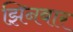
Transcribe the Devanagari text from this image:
झिनबार